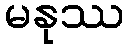
မနုဿ